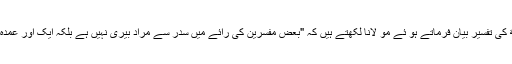
سورة الواقعة کی تفسیر بیان فرماتے ہو ئے مو لانا لکھتے ہیں کہ "بعض مفسرین کی رائے میں سدر سے مراد بیری نہیں ہے بلکہ ایک اور عمدہ درخت ہے۔